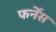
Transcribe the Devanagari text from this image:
फर्नेंस